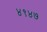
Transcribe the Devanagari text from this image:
४१४७